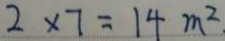
2 \times 7 = 1 4 m ^ { 2 }